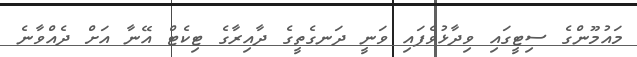
މައުމޫންގެ ސިޓީގައި ވިދާޅުވެފައި ވަނީ ދަނގެތީގެ ދާއިރާގެ ޓިކެޓް އޭނާ އަށް ދެއްވާނެ